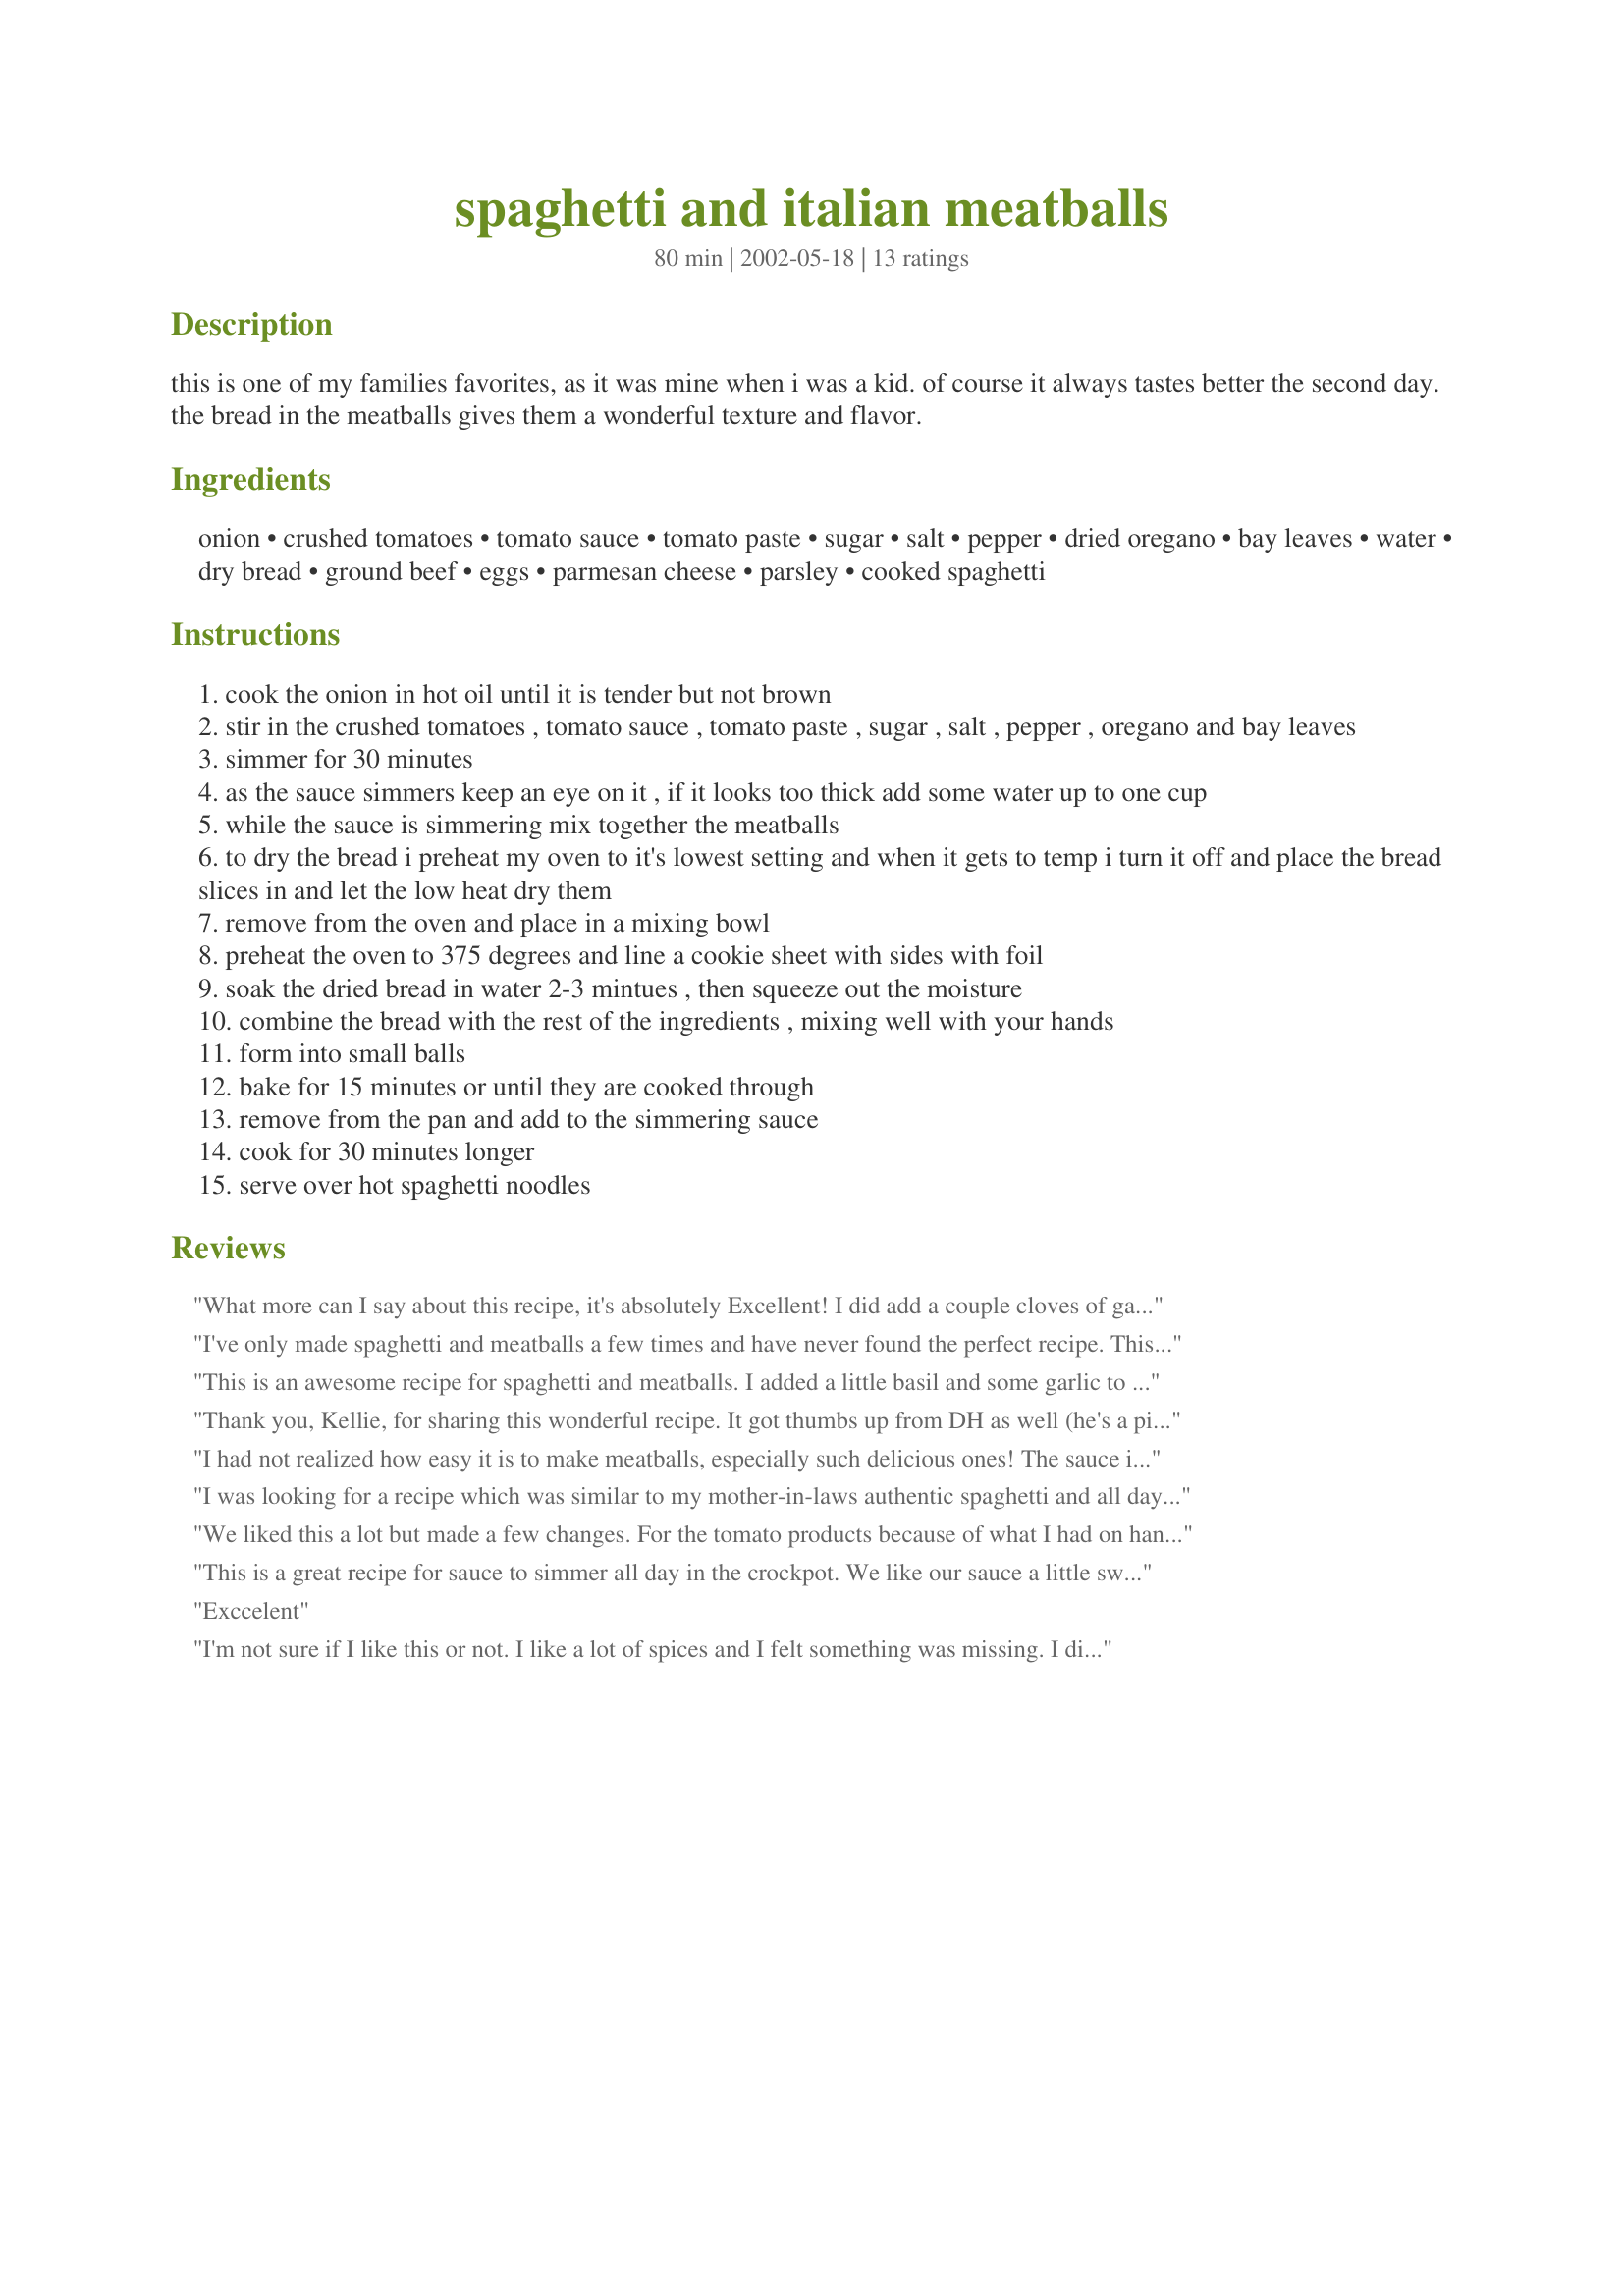
spaghetti and italian meatballs
Preparation time: 80 minutes

this is one of my families favorites, as it was mine when i was a kid. of course it always tastes better the second day. the bread in the meatballs gives them a wonderful texture and flavor.

Ingredients:
onion, crushed tomatoes, tomato sauce, tomato paste, sugar, salt, pepper, dried oregano, bay leaves, water, dry bread, ground beef, eggs, parmesan cheese, parsley, cooked spaghetti

Steps:
cook the onion in hot oil until it is tender but not brown
stir in the crushed tomatoes , tomato sauce , tomato paste , sugar , salt , pepper , oregano and bay leaves
simmer for 30 minutes
as the sauce simmers keep an eye on it , if it looks too thick add some water up to one cup
while the sauce is simmering mix together the meatballs
to dry the bread i preheat my oven to it's lowest setting and when it gets to temp i turn it off and place the bread slices in and let the low heat dry them
remove from the oven and place in a mixing bowl
preheat the oven to 375 degrees and line a cookie sheet with sides with foil
soak the dried bread in water 2-3 mintues , then squeeze out the moisture
combine the bread with the rest of the ingredients , mixing well with your hands
form into small balls
bake for 15 minutes or until they are cooked through
remove from the pan and add to the simmering sauce
cook for 30 minutes longer
serve over hot spaghetti noodles

Reviews:
What more can I say about this recipe, it's absolutely Excellent! I did add a couple cloves of garlic to it, otherwise I followed the recipe exactly. My husband and 1 year old child really enjoyed it. Thanks Kellie.
I've only made spaghetti and meatballs a few times and have never found the perfect recipe. This was good, but still not what I was looking for. I preferred another recipe which used bread crumbs, basil, and milk and omitted the oregano and cheese in the meatballs. Also, I'd recommend reducing the tomato paste and cooking the meatballs in the sauce, rather than baking separately.
This is an awesome recipe for spaghetti and meatballs. I added a little basil and some garlic to the sauce but made the meatballs exactly as is. They are wonderful and full of flavor. A great recipe!
Thank you, Kellie, for sharing this wonderful recipe. It got thumbs up from DH as well (he's a picky eater!). The only addition I made was garlic in both the meatballs and the sauce. Used fresh tomatoes instead of crushed, other than that, did not change a thing. Ohh a slight goof up - after I started off with the sauce, I realised I had run out of spaghetti, so I served it with tagliatelle, which are flat, but wonderful anyway. Definitely a keeper.
I had not realized how easy it is to make meatballs, especially such delicious ones! The sauce is fresh-tasting and I thought the meatballs complemented it beautifully. Crushing the oregano gives the sauce a little kick, and soaking the bread really did add nice moisture to the meatballs. My family proclaimed this recipe a winner! Thank you, Kellie, for sharing!

I was looking for a recipe which was similar to my mother-in-laws authentic spaghetti and all day sauce. I made this recipe with the only exception of adding some garlic. My husband and I give it a thumbs up. Just the right amount of sweetness and I thought baking the meatballs was a great idea.
We liked this a lot but made a few changes. For the tomato products because of what I had on hand I used 28 oz crushed tomatoes, 28 oz tomato sauce, 15 oz diced tomato and only 12 oz tomato paste. Two 12 oz cans of tomato paste would've been too thick. Instead of water I used red wine (approximately 1/2 cup) and I added two cloves crushed garlic. Next time I will reduce the salt. The meatballs were prefect after I added garlic. Thanks for sharing. I will make this again with my changes.
This is a great recipe for sauce to simmer all day in the crockpot. We like our sauce a little sweeter, so I increased the sugar. We also loved the traditional way of making the meatballs - they do have a different texture when the bread is soaked. So this recipe will be used again and again in my house!
Exccelent
I'm not sure if I like this or not. I like a lot of spices and I felt something was missing. I didn't have any crushed tomatoes on hand so I just made do with the sauce and paste. I added onion, garlic and fried bacon bits to both. I only added half of the parmesan cheese thinking it would be to over bearing, which it wasn't to my surprise. I was worried about socking the bread but, that was fine. I did love the fact that you could bake the meatballs! I did spay some Pam on the foil so they would not stick. Over all it was a okay recipe..... Thanks for sharing!
I just made the meatballs in this recipe, because I already had premade sauce. They were AWESOME. My husband and children loved them. Very moist and delicious. I just added some minced garlic to the meat mixture. Thanks for the recipe!
I halved the sauce (only was for 4 of us) and it was MORE than enough with lots left over for later. I also used store-bought Italian Turkey Meatballs, and it tasted great. I also used a small penne pasta instead of spaghetti, and sprinkled fresh parmesan on top. Even my two young kids loved it. Most sauces I make from scratch have little flavor- this one was excellent! Next time, I'll try the meatballs from scratch- when I have more time and preplanning. :)
What a wonderful recipe! I used ground turkey, Egg Beaters, Aunt Millie's whole grain bread, and Mrs. Dash instead of the salt and pepper. This preserves the taste of the meatballs while lowering the fat and, cholesterol, and sodium.
